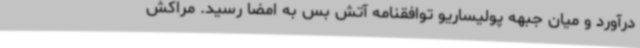
درآورد و میان جبهه پولیساریو توافقنامه آتش بس به امضا رسید. مراکش